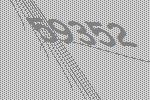
59352